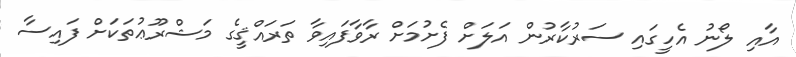
އާއި ލޯނު އެހީގައި ސަރުކާރުން އަލަށް ފެށުމަށް ރާވާފައިވާ ތަރައްޤީގެ މަޝްރޫޢުތަކަށް ފައިސާ